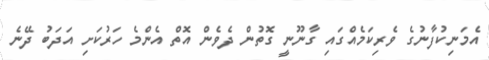
އެމަނިކުފާނުގެ ވެރިކަމެއްގައި ގާނޫނީ ގޮތުން ދެވެން އޮތް އެންމެ ހަރުކަށި އަދަބު ދޭނެ